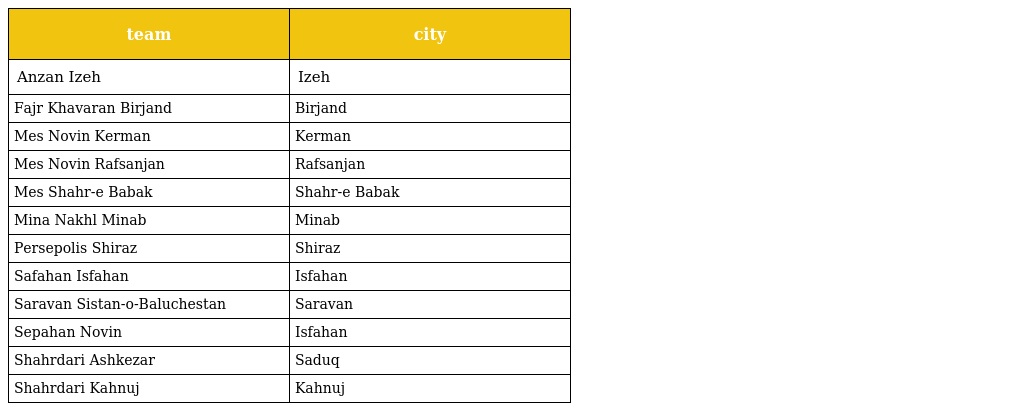
| team | city |
 | --- | --- |
 | Anzan Izeh | Izeh |
 | Fajr Khavaran Birjand | Birjand |
 | Mes Novin Kerman | Kerman |
 | Mes Novin Rafsanjan | Rafsanjan |
 | Mes Shahr-e Babak | Shahr-e Babak |
 | Mina Nakhl Minab | Minab |
 | Persepolis Shiraz | Shiraz |
 | Safahan Isfahan | Isfahan |
 | Saravan Sistan-o-Baluchestan | Saravan |
 | Sepahan Novin | Isfahan |
 | Shahrdari Ashkezar | Saduq |
 | Shahrdari Kahnuj | Kahnuj |